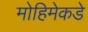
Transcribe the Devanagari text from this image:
मोहिमेकडे